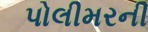
પોલીમરની